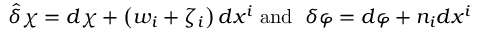
\widehat { \delta } \chi = d \chi + \left( w _ { i } + \zeta _ { i } \right) d x ^ { i } \; \mathrm { a n d ~ } \; \delta \varphi = d \varphi + n _ { i } d x ^ { i }